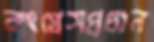
কংগ্রেসপ্রধান